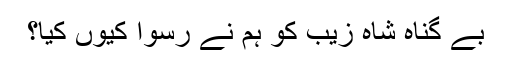
بے گناہ شاہ زیب کو ہم نے رسوا کیوں کیا؟